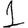
Digit: 1